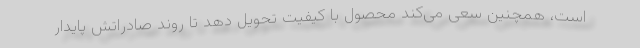
است، همچنین سعی می‌کند محصول با کیفیت تحویل دهد تا روند صادراتش پایدار